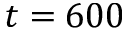
t = 6 0 0